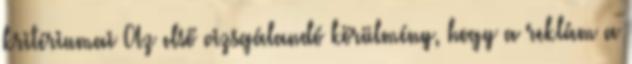
kritériumai Az első vizsgálandó körülmény, hogy a reklám a